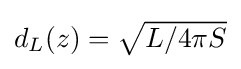
{\textstyle d_{L}(z)={\sqrt {L/4\pi S}}}